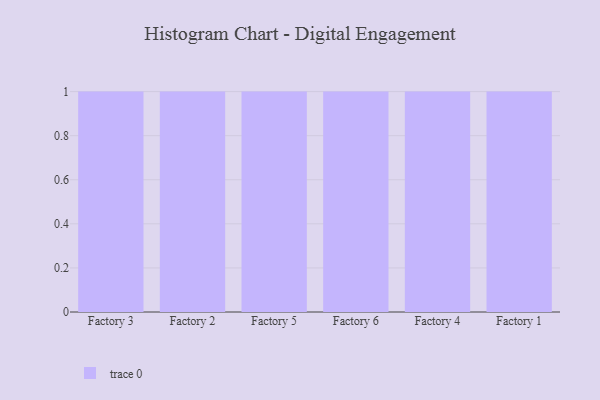
{"axis": {"x": "Factory", "y": "Waste Production (Tons)"}, "legend": [""], "data": [{"x": "Factory 3", "y": 51, "type": ""}, {"x": "Factory 2", "y": 62, "type": ""}, {"x": "Factory 5", "y": 9, "type": ""}, {"x": "Factory 6", "y": 65, "type": ""}, {"x": "Factory 4", "y": 92, "type": ""}, {"x": "Factory 1", "y": 15, "type": ""}]}